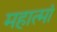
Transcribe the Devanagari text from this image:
महात्मां